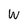
Character: W